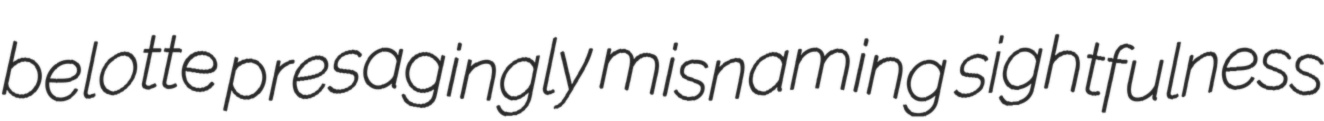
belotte presagingly misnaming sightfulness